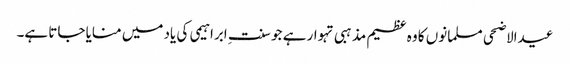
عیدالاضحی مسلمانوں کا وہ عظیم مذہبی تہوار ہے جو سنت ِ ابراہیمی کی یاد میں منایا جاتا ہے۔